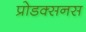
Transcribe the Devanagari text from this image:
प्रोडक्सनस